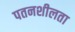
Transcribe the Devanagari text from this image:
पतनशीलता